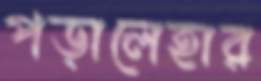
পড়ালেহার